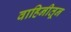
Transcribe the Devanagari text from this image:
वाहिनीतून